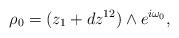
LaTeX: \begin{align*}\rho_0 = (z_1 + dz^{12}) \wedge e^{i \omega_0},\end{align*}